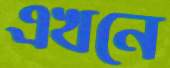
এখনে